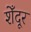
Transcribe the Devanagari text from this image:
शेँदूर